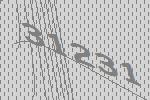
31231